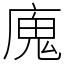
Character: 廆